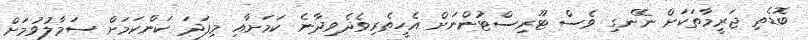
ބޮޑެތި ޖަރީމާތަކަށް ނޭނގި ވެސް ޓޫރިސްޓުންނަށް އެހީތެރިވެދެވިދާނެ ކަމަށާއި މިފަދަ ކަންކަމަށް ސަމާލުވުމަށް